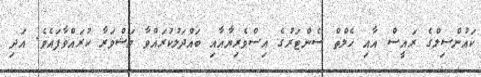
ކައުންސިލްގެ ރައީސް އާއި ހެލްތް ސެންޓަރުގެ އިސްވެރިޔާއާއި ބައްދަލުކުރައްވާ މަޝްވަރާ ކުރައްވާފައެވެ. އަދި